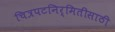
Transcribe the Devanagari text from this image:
चित्रपटनिर्मितीसाठी